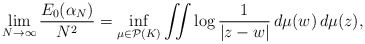
\begin{align*}\lim_{N\rightarrow\infty}\frac{E_{0}(\alpha_{N})}{N^{2}}=\inf_{\mu\in\mathcal{P}(K)}\iint\log\frac{1}{|z-w|}\,d\mu(w)\,d\mu(z),\end{align*}